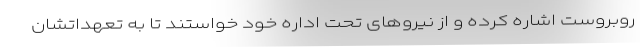
روبروست اشاره کرده و از نیروهای تحت اداره خود خواستند تا به تعهداتشان